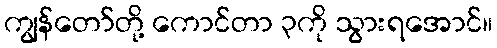
ကျွန်တော်တို့ ကောင်တာ ၃ကို သွားရအောင်။